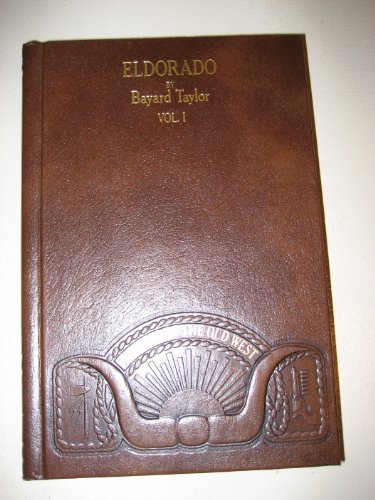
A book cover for Eldorado, or, Adventures in the path of empire: Comprising a voyage to California, via Panama, life in San Francisco and Monterey, pictures of the ... of Mexican travel (Classics of the Old West); Bayard Taylor; Travel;